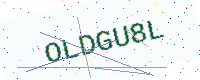
Text: OLDGU8L